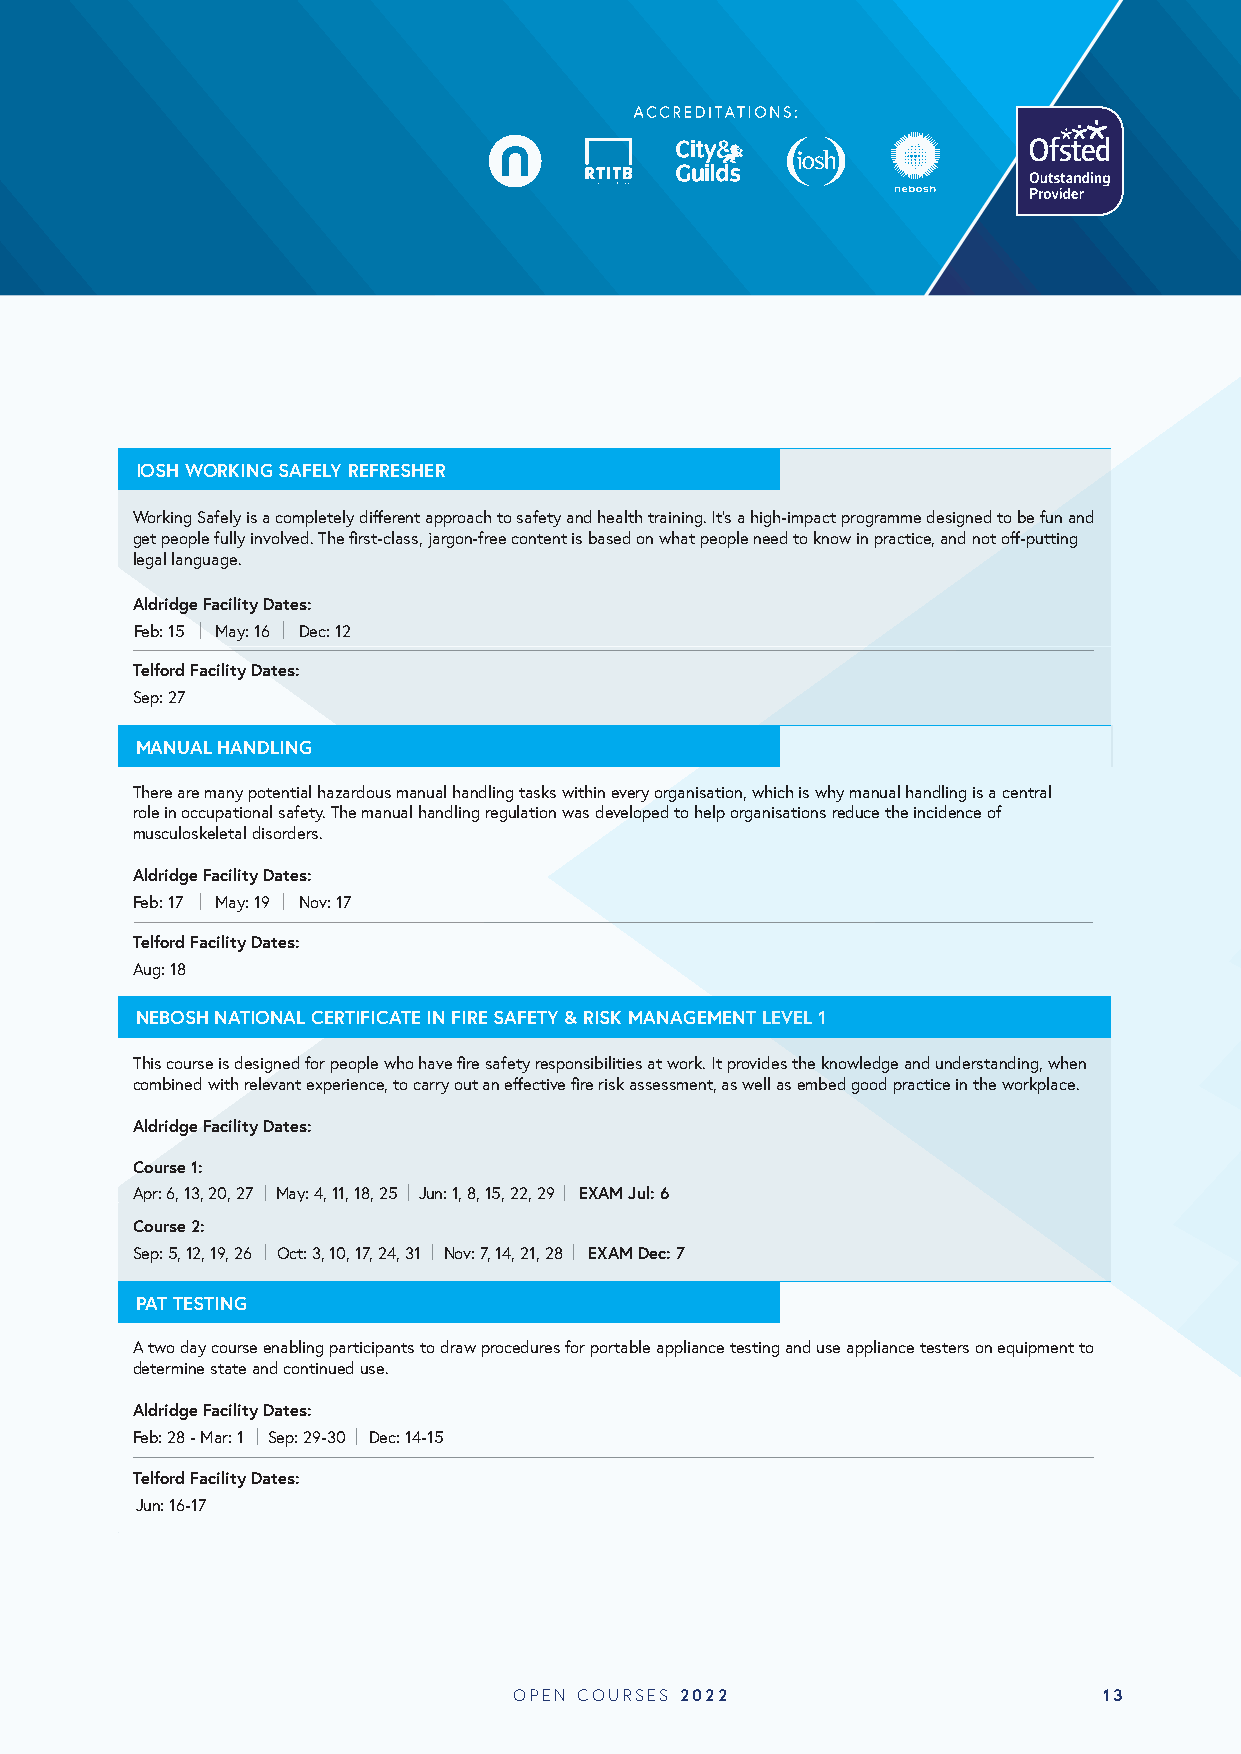
IOSH WORKING SAFELY REFRESHER
 Working Safely is a completely different approach to safety and health training. It’s a high-impact programme designed to be fun and
 get people fully involved. The first-class, jargon-free content is based on what people need to know in practice, and not off-putting
 legal language.
 Aldridge Facility Dates:
 Feb: 15 May: 16 Dec: 12
 Telford Facility Dates:
 Sep: 27
 MANUAL HANDLING
 There are many potential hazardous manual handling tasks within every organisation, which is why manual handling is a central
 role in occupational safety. The manual handling regulation was developed to help organisations reduce the incidence of
 musculoskeletal disorders.
 Aldridge Facility Dates:
 Feb: 17 May: 19 Nov: 17
 Telford Facility Dates:
 Aug: 18
 NEBOSH NATIONAL CERTIFICATE IN FIRE SAFETY & RISK MANAGEMENT LEVEL 1
 This course is designed for people who have fire safety responsibilities at work. It provides the knowledge and understanding, when
 combined with relevant experience, to carry out an effective fire risk assessment, as well as embed good practice in the workplace.
 Aldridge Facility Dates:
 Course 1:
 Apr: 6, 13, 20, 27 May: 4, 11, 18, 25 Jun: 1, 8, 15, 22, 29 EXAM Jul: 6
 Course 2:
 Sep: 5, 12, 19, 26 Oct: 3, 10, 17, 24, 31 Nov: 7, 14, 21, 28 EXAM Dec: 7
 PAT TESTING
 A two day course enabling participants to draw procedures for portable appliance testing and use appliance testers on equipment to
 determine state and continued use.
 Aldridge Facility Dates:
 Feb: 28 - Mar: 1 Sep: 29-30 Dec: 14-15
 Telford Facility Dates:
 Jun: 16-17
 OPEN COURSES 2022                      13